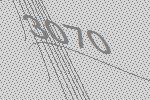
3070